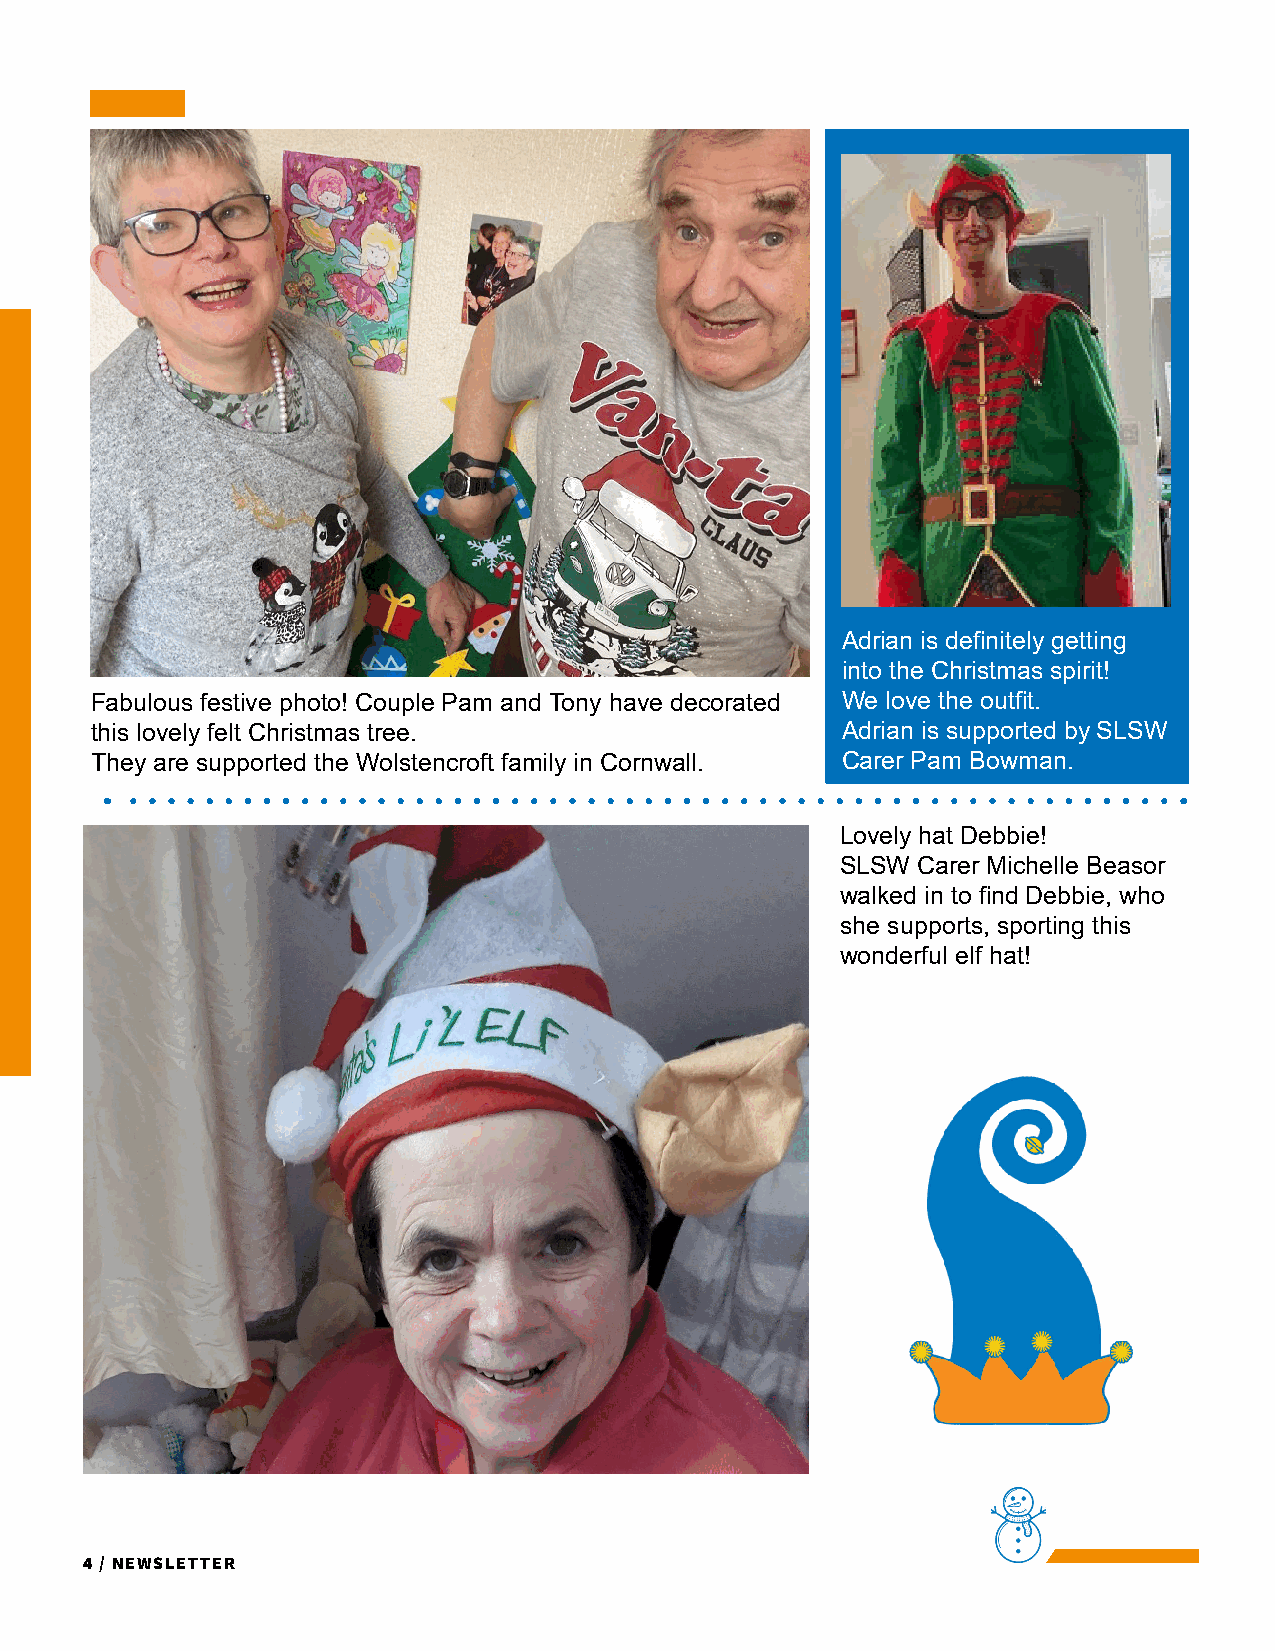
Adrian is definitely getting
 into the Christmas spirit!
 Fabulous festive photo! Couple Pam and Tony have decorated We love the outfit.
 this lovely felt Christmas tree.                  Adrian is supported by SLSW
 They are supported the Wolstencroft family in Cornwall. Carer Pam Bowman.
 Lovely hat Debbie!
 SLSW Carer Michelle Beasor
 walked in to find Debbie, who
 she supports, sporting this
 wonderful elf hat!
 4 / Newsletter